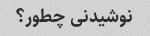
نوشیدنی چطور؟